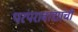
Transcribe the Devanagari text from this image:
परंपरावाद्यांची